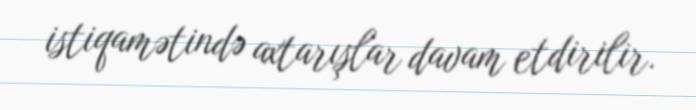
istiqamətində axtarışlar davam etdirilir.